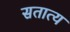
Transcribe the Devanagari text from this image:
सतात्य